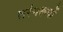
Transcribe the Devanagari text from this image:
तरंगरूपों